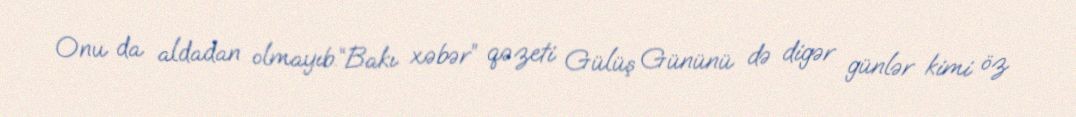
Onu da aldadan olmayıb.“Bakı xəbər” qəzeti Gülüş Gününü də digər günlər kimi öz